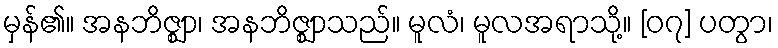
မှန်၏။ အနဘိဇ္ဈာ၊ အနဘိဇ္ဈာသည်။ မူလံ၊ မူလအရာသို့။ [၀၇] ပတွာ၊